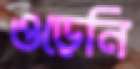
ওড়েনি